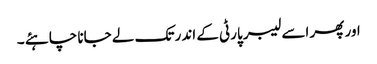
اور پھر اسے لیبر پارٹی کے اندر تک لے جانا چاہئے ۔